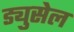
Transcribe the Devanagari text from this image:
ड्युसेल